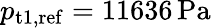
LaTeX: p_{\mathrm{t}1,\mathrm{ref}}=11636\, \mathrm{Pa}